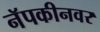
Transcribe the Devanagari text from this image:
नॅपकीनवर